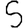
Digit: 5